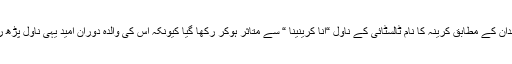
کپور خاندان کے مطابق کرینہ کا نام ٹالسٹائی کے ناول “انا کرینینا “ سے متاثر ہوکر رکھا گیا کیونکہ اس کی والدہ دوران امید یہی ناول پڑھ رہی تھی۔